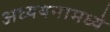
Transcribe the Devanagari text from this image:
अध्ययनामध्ये